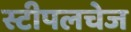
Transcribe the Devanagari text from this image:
स्टीपलचेज